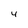
Character: 4